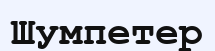
Шумпетер